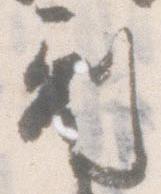
副